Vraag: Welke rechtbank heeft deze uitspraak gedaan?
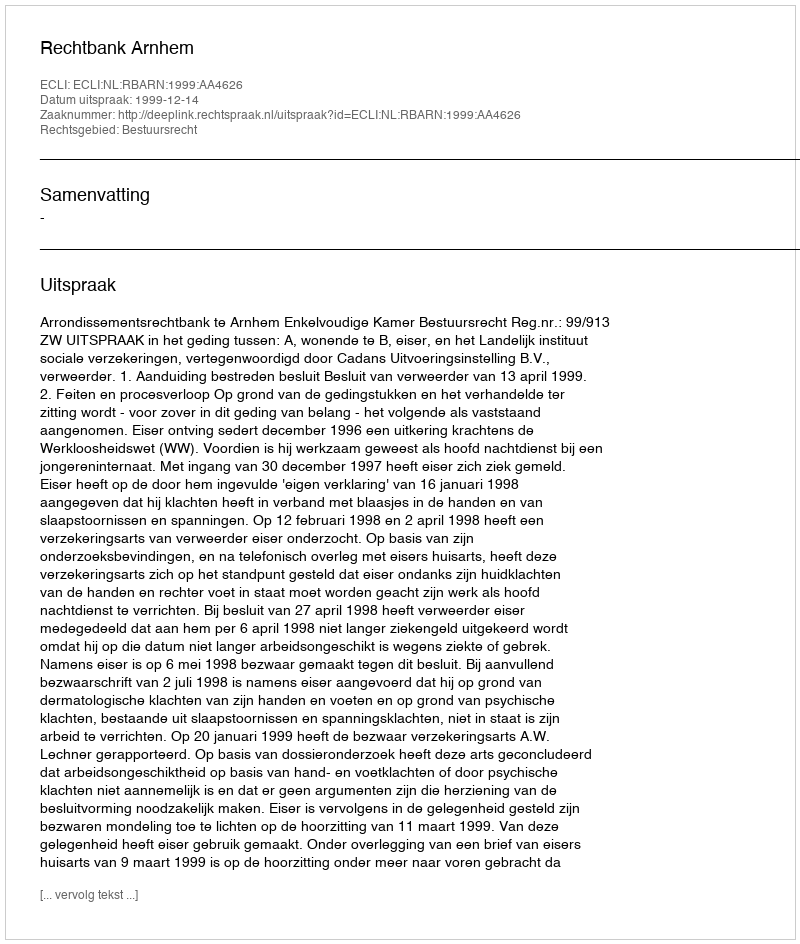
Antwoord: Rechtbank Arnhem